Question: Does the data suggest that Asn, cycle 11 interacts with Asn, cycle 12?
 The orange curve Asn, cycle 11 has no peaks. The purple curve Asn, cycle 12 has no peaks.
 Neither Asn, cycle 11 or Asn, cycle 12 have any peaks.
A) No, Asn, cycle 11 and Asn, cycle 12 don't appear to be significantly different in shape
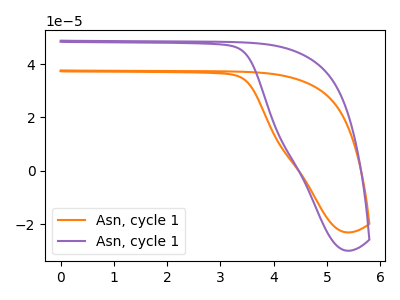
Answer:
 <answer>A) No, "Asn, cycle 11" and "Asn, cycle 12" don't appear to be significantly different in shape</answer>
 <eval>A</eval>